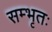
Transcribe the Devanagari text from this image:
सम्भृतः